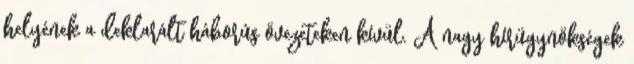
helyének a deklarált háborús övezeteken kívül. A nagy hírügynökségek